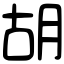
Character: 胡